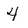
Character: 4